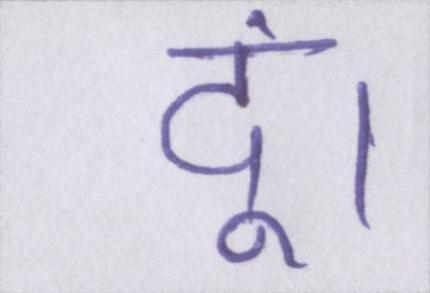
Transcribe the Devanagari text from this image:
दूं।